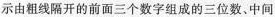
示由粗线隔开的前面三个数字组成的三位数。中间